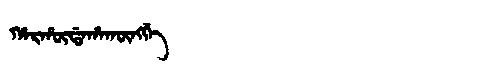
Manchu: ᡥᠠᡵᡥᡡᡩᠠᡥᠠᡴᡡᠩᡤᡝ
Romanization: HARHŪDAHAKŪNGGE